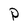
Character: P